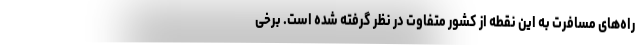
راه‌های مسافرت به این نقطه از کشور متفاوت در نظر گرفته شده است. برخی